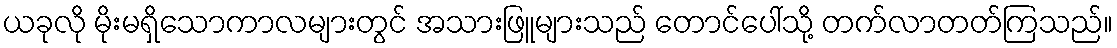
ယခုလို မိုးမရှိသောကာလများတွင် အသားဖြူများသည် တောင်ပေါ်သို့ တက်လာတတ်ကြသည်။